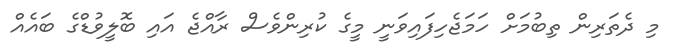
މި ދެތަރިން ތިބުމަށް ހަމަޖެހިފައިވަނީ މީގެ ކުރިންވެސް ރާއްޖެ އައި ބޮލީވުޑްގެ ބައެއް